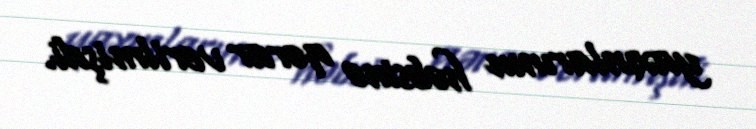
yaxınlarının həbsinə qərar verilmişdi.